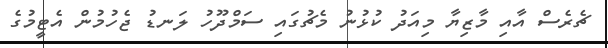
ޗެރެސް އާއި މާޒިޔާ މިއަދު ކުޅުނު މެޗުގައި ސަމްދޫހު ލަނޑު ޖެހުމުން އެޓީމުގެ